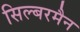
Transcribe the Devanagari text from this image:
सिल्बरमैन